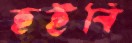
হইবি